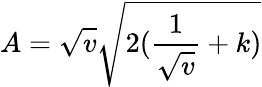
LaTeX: A=\sqrt{v}\sqrt{2(\frac{1}{\sqrt{v}}+k)}